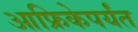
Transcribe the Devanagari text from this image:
आफ्रिकेपर्यंत